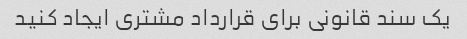
یک سند قانونی برای قرارداد مشتری ایجاد کنید